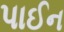
પાઈન